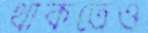
থাকতেও